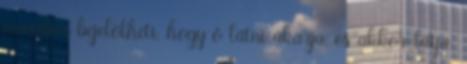
menüben bejelölheti, hogy ő látni akarja, és akkor látja.